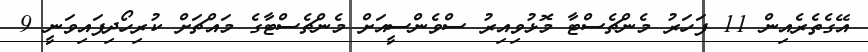
އޭގެތެރެއިން 11 ފަހަރު މެންޗެސްޓާ މޮޅުވިއިރު ސްވެންސީއަށް މެންޗެސްޓާގެ މައްޗަށް ކުރިހޯދިފައިވަނީ 9